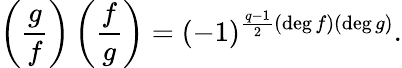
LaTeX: \left({\frac{g}{f}}\right)\left({\frac{f}{g}}\right)=(-1)^{{\frac{q-1}{2}}(\deg f)(\deg g)}.